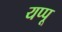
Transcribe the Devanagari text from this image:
यप्पू